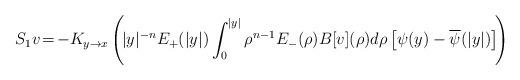
LaTeX: \begin{align*}S_1v\!=\!-K_{y\to x}\left(\! |y|^{-n}E_+(|y|)\int_0^{|y|}\rho^{n-1}E_-(\rho)B[v](\rho)d\rho\left[\psi(y)-\overline{\psi}(|y|)\right]\!\right)\end{align*}